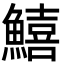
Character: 鱚